Papaver somniferum - Opium : an extract from the sixth volume of the Dictionary of Economic Products of India
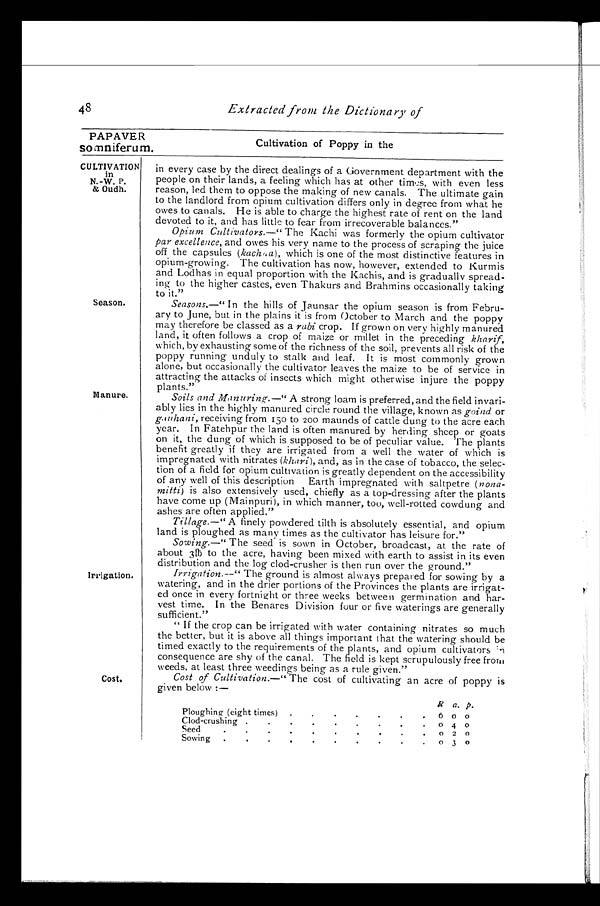
PAPAVER
somniferurn.
Cultivation of Poppy in the
48
Extracted from the Dictionary of
CULTIVATION
in
N.-W. P.
& Oudh.
Season.
Manure.
Irrigation.
Cost.
in every case by the direct dealings of a Government department with the
people on their lands, a feeling which has at other times, with even less
reason, led them to oppose the making of new canals. The ultimate gain
to the landlord from opium cultivation differs only in degree from what he
owes to canals. He is able to charge the highest rate of rent on the land
devoted to it, and has little to fear from irrecoverable balances."
Opium Cultivators.—" The Kachi was formerly the opium cultivator
par excellence, and owes his very name to the process of scraping the juice
off the capsules (kachna), which is one of the most distinctive features in
opium-growing. The cultivation has now, however, extended to Kurmis
and Lodhas in equal proportion with the Kachis, and is gradually spread-
ing to the higher castes, even Thakurs and Brahmins occasionally taking
to it."
Seasons.—" In the hills of Jaunsar the opium season is from Febru-
ary to June, but in the plains it is from October to March and the poppy
may therefore be classed as a rabi crop. If grown on very highly manured
land, it often follows a crop of maize or millet in the preceding kharif,
which, by exhausting some of the richness of the soil, prevents all risk of the
poppy running unduly to stalk and leaf. It is most commonly grown
alone, but occasionally the cultivator leaves the maize to be of service in
attracting the attacks of insects which might otherwise injure the poppy
plants."
Soils and Manuring.—" A strong loam is preferred, and the field invari-
ably lies in the highly manured circle round the village, known as goind or
gauhani, receiving from 150 to 200 maunds of cattle dung to the acre each
year. In Fatehpur the land is often manured by herding sheep or goats
on it, the dung of which is supposed to be of peculiar value. The plants
benefit greatly if they are irrigated from a well the water of which is
impregnated with nitrates (khari), and, as in the case of tobacco, the selec-
tion of a field for opium cultivation is greatly dependent on the accessibility
of any well of this description Earth impregnated with saltpetre (nona-
mitti) is also extensively used, chiefly as a top-dressing after the plants
have come up (Mainpuri), in which manner, too, well-rotted cowdung and
ashes are often applied."
Tillage.—" A finely powdered tilth is absolutely essential, and opium
land is ploughed as many times as the cultivator has leisure for."
Sowing.—" The seed is sown in October, broadcast, at the rate of
about 3lb to the acre, having been mixed with earth to assist in its even
distribution and the log clod-crusher is then run over the ground."
Irrigation.—" The ground is almost always prepared for sowing by a
watering, and in the drier portions of the Provinces the plants are irrigat-
ed once in every fortnight or three weeks between germination and har-
vest time. In the Benares Division four or five waterings are generally
sufficient."
" If the crop can be irrigated with water containing nitrates so much
the better, but it is above all things important that the watering should be
timed exactly to the requirements of the plants, and opium cultivators in
consequence are shy of the canal. The field is kept scrupulously free from
weeds, at least three weedings being as a rule given."
Cost of Cultivation.—" The cost of cultivating an acre of poppy is
given below :—
Ra. p.
Ploughing (eight times)
6 o 0
Clod-crushing
0 4 o
Seed
o 2 0
Sowing
0 3 0